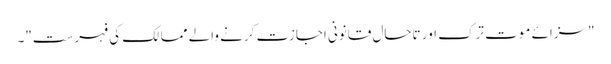
"سزائے موت ترک اور تاحال قانونی اجازت کرنے والے ممالک کی فہرست"۔